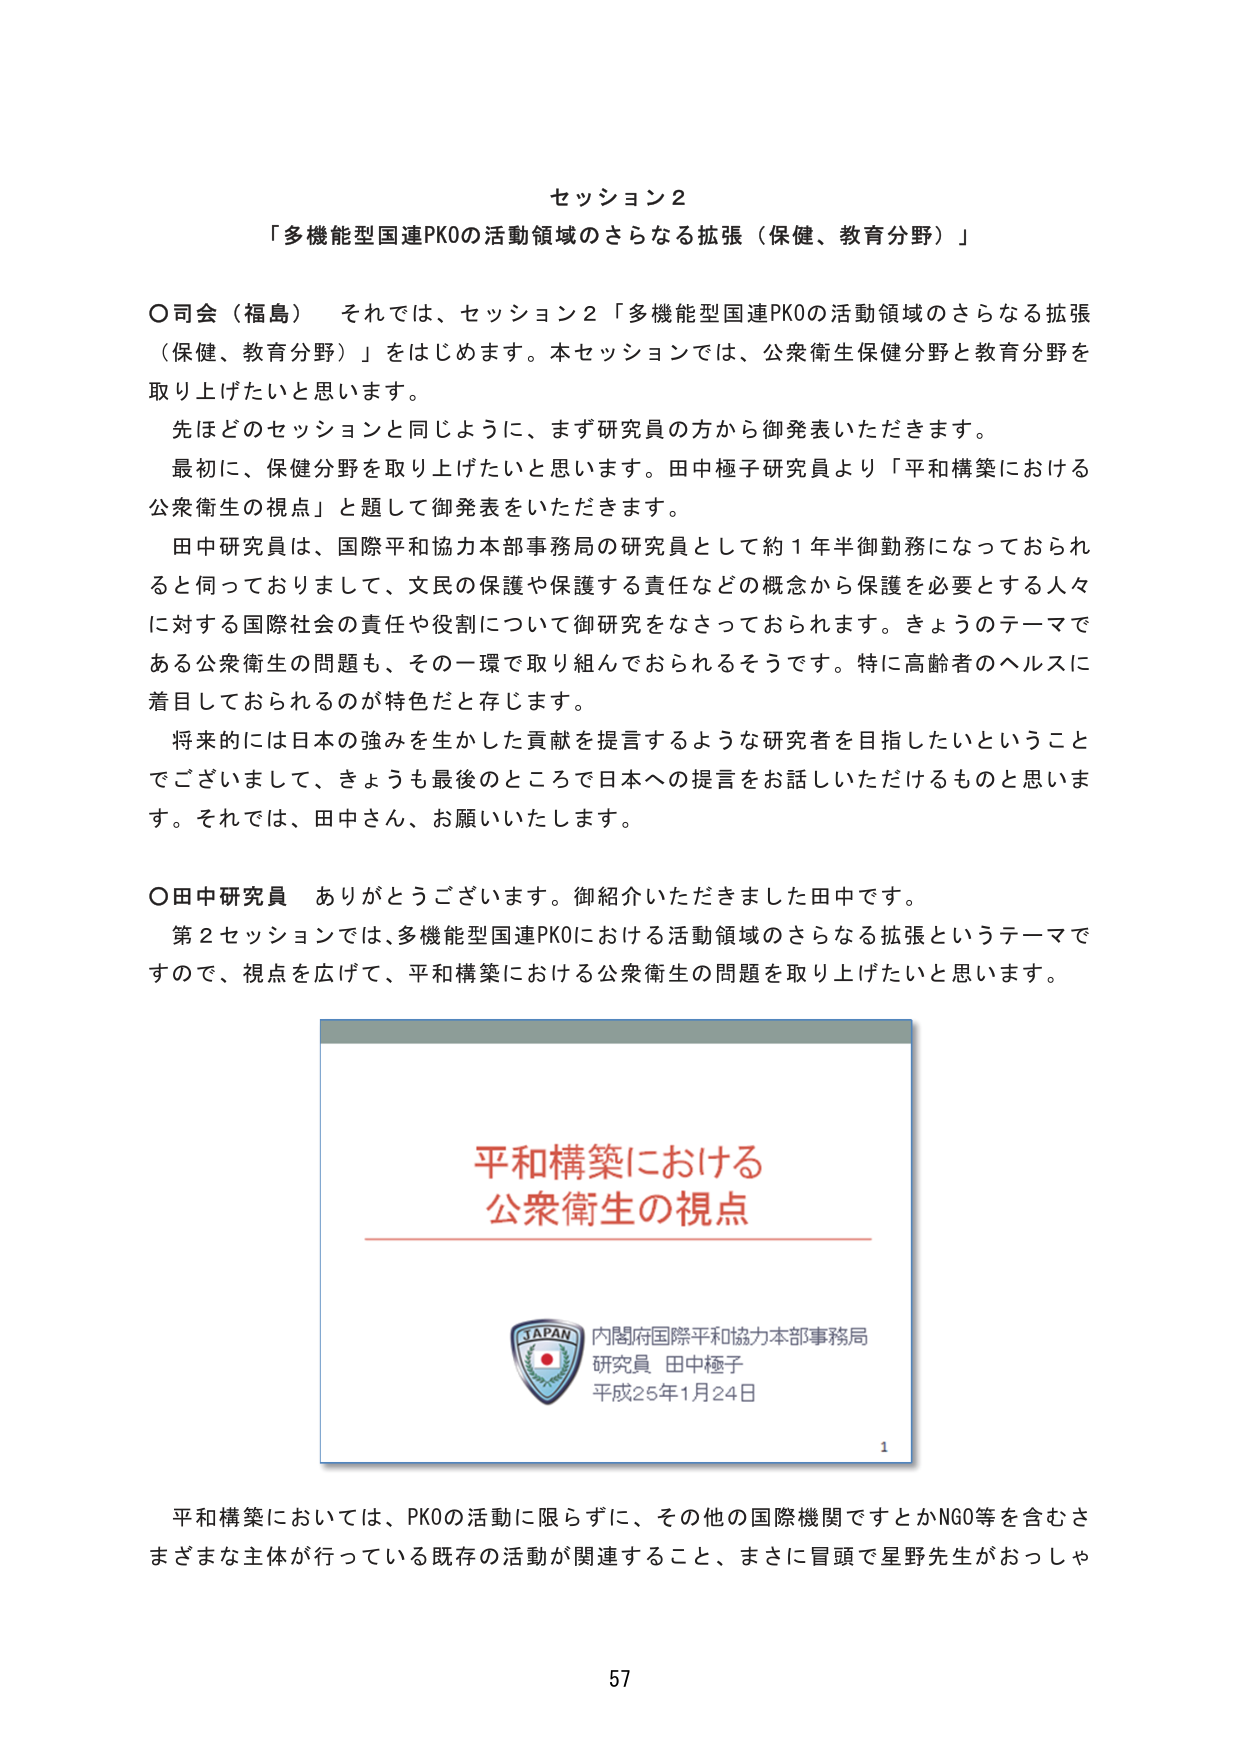
セッション2
「多機能型国連PKOの活動領域のさらなる拡張（保健、教育分野）」

○司会（福島） それでは、セッション2「多機能型国連PKOの活動領域のさらなる拡張（保健、教育分野）」をはじめます。本セッションでは、公衆衛生保健分野と教育分野を取り上げたいと思います。
先ほどのセッションと同じように、まず研究員の方から御発表いただきます。
最初に、保健分野を取り上げたいと思います。田中極子研究員より「平和構築における公衆衛生の視点」と題して御発表をいただきます。
田中研究員は、国際平和協力本部事務局の研究員として約1年半御勤務になっておられると伺っておりまして、文民の保護や保護する責任などの概念から保護を必要とする人々に対する国際社会の責任や役割について御研究をなさっておられます。きょうのテーマである公衆衛生の問題も、その一環で取り組んでおられるそうです。特に高齢者のヘルスに着目しておられるのが特色だと存じます。
将来的には日本の強みを生かした貢献を提言するような研究者を目指したいということでございまして、きょう最後のところで日本への提言をお話しいただけるものと思います。それでは、田中さん、お願いいたします。

○田中研究員 ありがとうございます。御紹介いただきました田中です。
第2セッションでは、多機能型国連PKOにおける活動領域のさらなる拡張というテーマですので、視点を広げて、平和構築における公衆衛生の問題を取り上げたいと思います。

平和構築における
公衆衛生の視点

内閣府国際平和協力本部事務局
研究員 田中極子
平成25年1月24日

1

平和構築においては、PKOの活動に限らずに、その他の国際機関ですとかNGO等を含むさまざまな主体が行っている既存の活動が関連すること、まさに冒頭で星野先生がおっしゃ

57